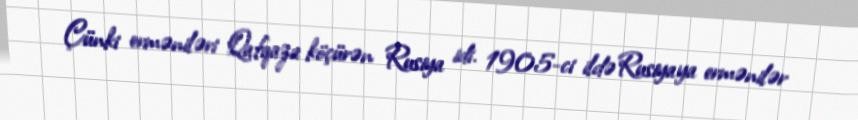
Çünki erməniləri Qafqaza köçürən Rusiya idi. 1905-ci ildə Rusiyaya ermənilər